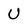
Character: U